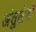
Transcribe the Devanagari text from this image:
अंतुलेनी